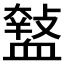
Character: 𧗑